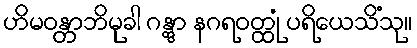
ဟိမဝန္တာဘိမုခါ ဂန္တွာ နဂရဝတ္ထုံ ပရိယေသိံသု။